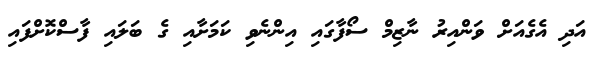
އަދި އެގެއަށް ވަންއިރު ނާޒިމް ސޯފާގައި އިންނެވި ކަމަށާއި ގެ ބަލައި ފާސްކޮށްފައި